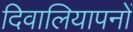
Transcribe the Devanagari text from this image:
दिवालियापनों